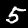
Label: 5